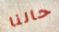
حالنا